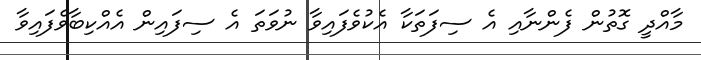
މާއްދީ ގޮތުން ފެންނާއި އެ ސިފަތަކާ އެކުވެފައިވާ ނުވަތަ އެ ސިފައިން އެއްކިބާވެފައިވާ